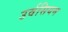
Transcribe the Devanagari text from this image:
उर्वसियम